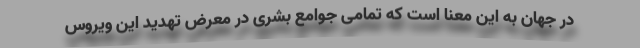
در جهان به این معنا است که تمامی جوامع بشری در معرض تهدید این ویروس